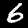
Digit: 6